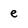
Character: e